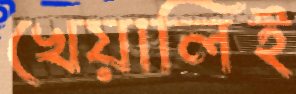
খেয়ালিই